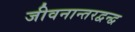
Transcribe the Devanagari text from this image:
जीवनान्तरद्वन्द्व